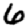
Digit: 6